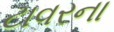
ટાવરના